Assam Mental Hospital (Tezpur, India) - 1933-1948
Year: 1933
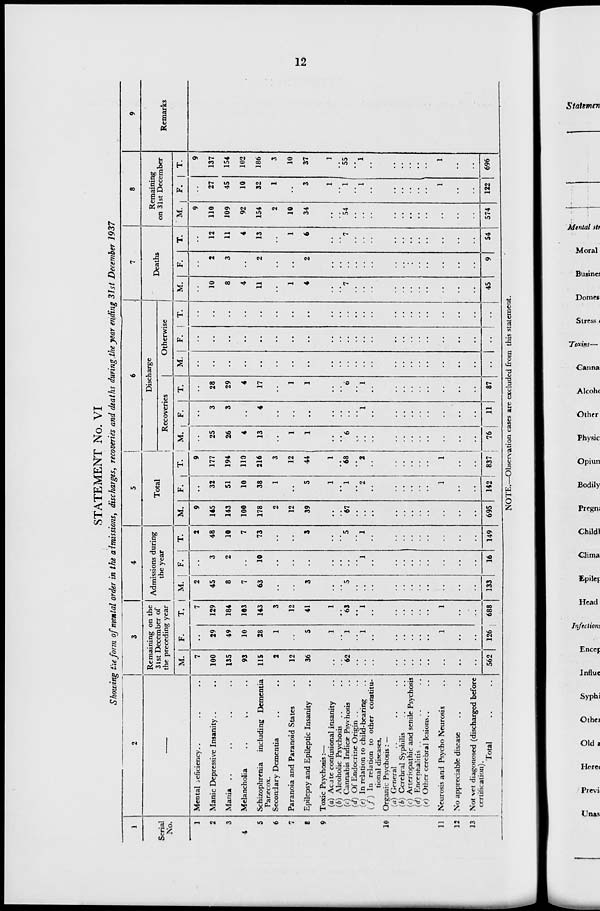
12
STATEMENT No. VI
Showing the form of mental order in the admissions, discharges, recoveries and deaths during the year ending 31st December 1937
1
Serial
No.
1
2
3
4
5
6
7
8
9
10
11
12
13
2
—
Mental deficiency.. .. ..
Manic Depressive Insanity.. ..
Mania .. .. .. ..
Melancholia
..
..
..
Schizophrenia including Dementia
Paræcox.
Secondary Dementia .. ..
Paranoia and Paranoid States ..
Epilepsy and Epileptic Insanity ..
Toxic Psychosis:—
(a) Acute confusional insanity ..
(b) Alcoholic Psychosis .. ..
(c) Cannabis Indicæ Psychosis ..
(d) Of Endocrine Origin .. ..
(e) In relation to child-bearing ..
(f) In relation to other constitu-
tional diseases.
Organic Psychosis: —
(a) General .. .. ..
(b) Cerebral Syphilis .. ..
(c) Arteriopathic and senile Psychosis
(d) Encephalitis .. .. ..
(e) Other cerebral lesions.. ..
Neurosis and Psycho Neurosis ..
No appreciable disease .. ..
Not yet diagonosed (discharged before
certification).
Total .. ..
3
Remaining on the
31st December of
the preceding year
M.
7
100
135
93
115
2
12
36
..
..
62
..
..
..
..
..
..
..
..
..
..
..
562
F.
..
29
49
10
28
1
..
5
1
..
1
..
1
..
..
..
..
..
..
1
..
..
126
T.
7
129
184
103
143
3
12
41
1
..
63
..
1
..
..
..
..
..
..
1
..
..
688
4
Admissions during
the year
M.
2
45
8
7
63
..
..
3
..
..
5
..
..
..
..
..
..
..
..
..
..
..
133
F.
..
3
2
..
10
..
..
..
..
..
..
..
1
..
..
..
..
..
..
..
..
..
16
T.
2
48
10
7
73
..
..
3
..
..
5
..
1
..
..
..
..
..
..
..
..
..
149
5
Total
M.
9
145
143
100
178
2
12
39
..
..
67
..
..
..
..
..
..
..
..
..
..
..
695
F.
..
32
51
10
38
1
..
5
1
..
1
..
2
..
..
..
..
..
..
1
..
..
142
T.
9
177
194
110
216
3
12
44
1
..
68
..
2
..
..
..
..
..
..
1
..
..
837
6
Discharge
Recoveries
M.
..
25
26
4
13
..
1
1
..
..
6
..
..
..
..
..
..
..
..
..
..
..
76
F.
..
3
3
..
4
..
..
..
..
..
..
..
1
..
..
..
..
..
..
..
..
..
11
T.
..
28
29
4
17
..
1
1
..
..
6
..
1
..
..
..
..
..
..
..
..
..
87
Otherwise
M.
..
..
..
..
..
..
..
..
..
..
..
..
..
..
..
..
..
..
..
..
..
..
..
F.
..
..
..
..
..
..
..
..
..
..
..
..
..
..
..
..
..
..
..
..
..
..
..
T.
..
..
..
..
..
..
..
..
..
..
..
..
..
..
..
..
..
..
..
..
..
..
..
7
Deaths
M.
..
10
8
4
11
..
1
4
..
..
7
..
..
..
..
..
..
..
..
..
..
..
45
F.
..
2
3
..
2
..
..
2
..
..
..
..
..
..
..
..
..
..
..
..
..
..
9
T.
..
12
11
4
13
..
1
6
..
..
7
..
..
..
..
..
..
..
..
..
..
..
54
8
Remaining
on 31st December
M.
9
110
109
92
154
2
10
34
..
..
54
..
..
..
..
..
..
..
..
..
..
..
574
F.
..
27
45
10
32
1
..
3
1
..
1
..
1
..
..
..
..
..
..
1
..
..
122
T.
9
137
154
102
186
3
10
37
1
..
55
..
1
..
..
..
..
..
..
1
..
..
696
9
Remarks
NOTE.—Observation cases are excluded from this statement.